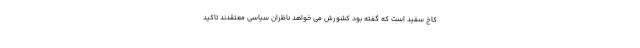
کاخ سفید است که گفته بود کشورش می خواهد ناظران سیاسی معتقدند تاکید